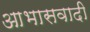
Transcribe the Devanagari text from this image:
आभासवादी